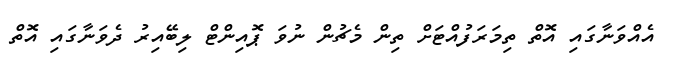
އެއްވަނާގައި އޮތް ތިމަރަފުއްޓަށް ތިން މެޗުން ނުވަ ޕޮއިންޓް ލިބޭއިރު ދެވަނާގައި އޮތް